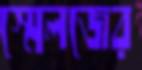
স্মেলজের